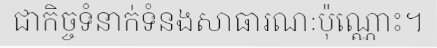
ជាកិច្ចទំនាក់ទំនងសាធារណៈប៉ុណ្ណោះ។